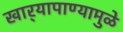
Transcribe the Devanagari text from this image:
खार्‍यापाण्यामुळे